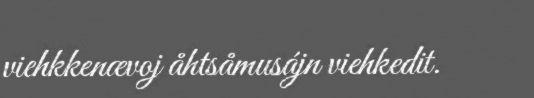
viehkkenævoj åhtsåmusájn viehkedit.